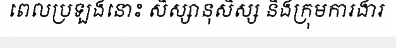
ពេលប្រឡងនោះ សិស្សានុសិស្ស និងក្រុមការងារ